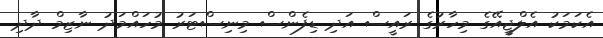
އެކަމަކު އެލްޖީއޭގެ މިހާރުގެ ރައީސް އަދި ޑިފެންސް މިނިސްޓަރު މުހައްމަދު ނާޒިމް ދާދި